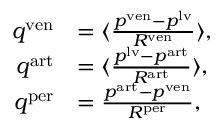
\begin{array} { r l } { q ^ { \mathrm { v e n } } } & { = \langle \frac { p ^ { \mathrm { v e n } } - p ^ { \mathrm { l v } } } { R ^ { \mathrm { v e n } } } \rangle , } \\ { q ^ { \mathrm { a r t } } } & { = \langle \frac { p ^ { \mathrm { l v } } - p ^ { \mathrm { a r t } } } { R ^ { \mathrm { a r t } } } \rangle , } \\ { q ^ { \mathrm { p e r } } } & { = \frac { p ^ { \mathrm { a r t } } - p ^ { \mathrm { v e n } } } { R ^ { \mathrm { p e r } } } , } \end{array}